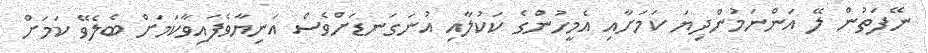
ނޭފަތުން ލޭ އަންނަމުންދިޔަ ކަމަށާއި އެމީހުންގެ ކަކުލާއި އުނަގަނޑަށްވެސް އަނިޔާވެފައިވާކަމަށް ބެލެވޭ ކަމަށް